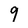
Character: 9